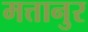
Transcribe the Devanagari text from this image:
मत्तानुर